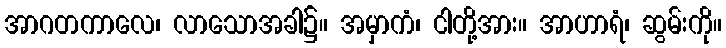
အာဂတကာလေ၊ လာသောအခါ၌။ အမှာကံ၊ ငါတို့အား။ အာဟာရံ၊ ဆွမ်းကို။